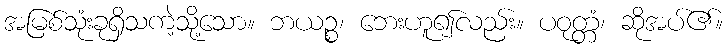
အမြစ်သုံးခုရှိသကဲ့သို့သော။ ဘယဉ္စ၊ ဘေးဟူ၍လည်း။ ပဝုတ္တံ၊ ဆိုအပ်၏။